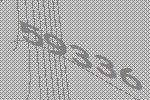
59336